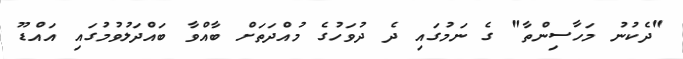
"ދެކުނު މަހާސިންތާ" ގެ ނަމުގައި ދެ ދުވަހުގެ މުއްދަތަށް ބާއްވާ ބައްދަލުވުމުގައި އައްޑޫ